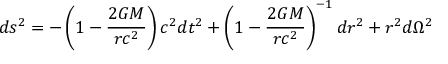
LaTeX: d s ^ { 2 } = - \left( 1 - { \frac { 2 G M } { r c ^ { 2 } } } \right) c ^ { 2 } d t ^ { 2 } + \left( 1 - { \frac { 2 G M } { r c ^ { 2 } } } \right) ^ { - 1 } d r ^ { 2 } + r ^ { 2 } d \Omega ^ { 2 }